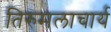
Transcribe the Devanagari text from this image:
तिरुमलाचार्य